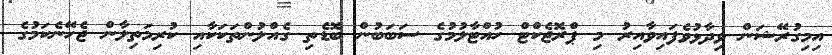
އިމިގުރޭޝަން ވިދާޅުވެފައިވާއިރު މި ޕްރޮޖެކްޓް ހުއްޓާލުމުގެ ސަބަބުން ބޮޑެތި ގެއްލުންތަކަކާއި ކުރިމަތިލާން ޖެހޭނެކަމުގެ